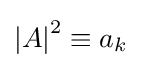
{\left\vert A\right\vert }^{2}\equiv a_{k}